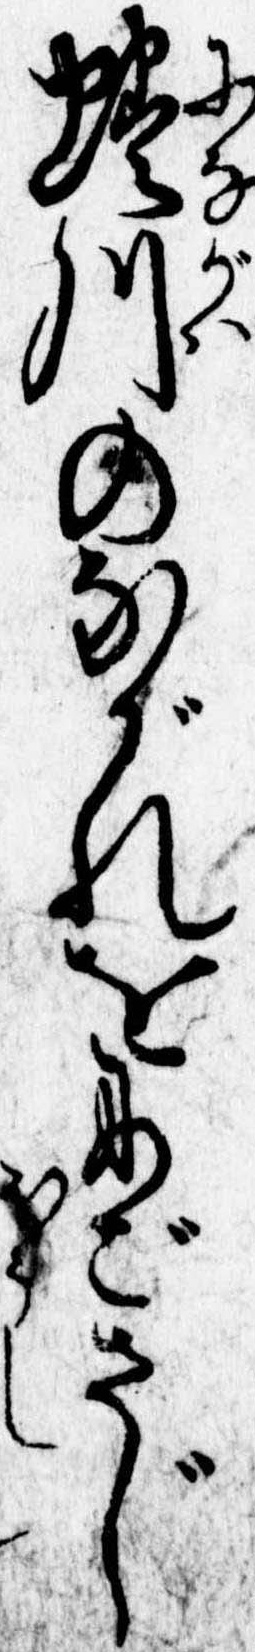
蜷川のながれをにごさじ